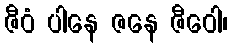
ဇီဝံ ပါနေ ဇနေ ဇီဝေါ၊